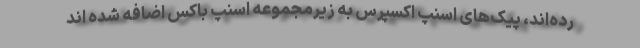
رده‌اند، پیک‌های اسنپ‌ اکسپرس به زیرمجموعه اسنپ باکس اضافه شده اند